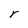
Character: r